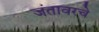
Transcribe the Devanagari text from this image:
जंतावरचे